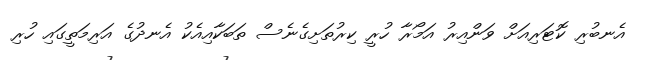
އެނބުރި ކޮޓަރިއަށް ވަންއިރު އަމޯރާ ހުރީ ކިރުތަށިގެނެސް ތަބަކާއިއެކު އެނދުގެ އަރިމަތީގައި ހުރި